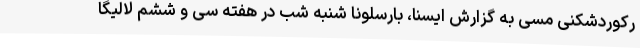
رکوردشکنی مسی به گزارش ایسنا، بارسلونا شنبه شب در هفته سی و ششم لالیگا